system: You are a helpful assistant.
user:
Analyze the provided spectrum to determine if it is a **Carbon Star (C-type)**.

- **Key Visual Indicators of Carbon Star:**
    - **(Primary):** Strong molecular absorption from **C₂ (diatomic carbon) "Swan Bands."** This is the **defining feature** of a carbon star.
        - **(Key Bandheads):** Sharp absorption edges are visible at approximately $5635$ Å, $5165$ Å (the strongest band), and $4737$ Å.
        - **(Line Profile):** Creates a distinct **"saw-tooth"** pattern. The key morphology is a sharp, steep bandhead on the **red (long-wavelength) side**, which then gradually tapers off (i.e., flux recovers) towards the **blue (short-wavelength) side**. *(This is the direct opposite of the TiO bands seen in M-type stars)*.

    - **(Secondary):** Intense **CN (cyanogen)** molecular absorption bands.
        - **(Key Bandheads):** Located in the blue and violet regions of the spectrum (e.g., near $4215$ Å and $3883$ Å).
        - **(Morphology):** These bands are extremely broad and act as a "blanket," absorbing the vast majority of blue and violet light. This creates a characteristic **"cliff"** or **"steep drop-off"** in the spectrum's flux at short wavelengths.

    - **(Key Confirmation):** Strong **CH absorption band (G-band)**.
        - **(Key Bandhead):** Located around $4300$ Å. The contribution from CH molecules to this band is exceptionally strong.

    - **(Overall Spectrum):**
        - The continuum is severely "chopped up" by these deep molecular bands, especially C₂, rather than appearing as a smooth curve.
        - Due to the heavy CN and C₂ absorption in the blue-green, the vast majority of the star's flux is concentrated in the red part of the spectrum, giving the star its characteristic deep red color.

Think first, call **spectral_visualization_tool** if needed to examine features in detail, then provide your final answer. Your response must adhere to the following strict rules:
1.  **Overall Structure:** Your response must follow the format `<think>...</think> <tool_call>...</tool_call> (if a tool is used) <answer>...</answer>`.
2.  **Tool Usage Constraint:** You may only make **one** tool call per turn.
3.  **Final Answer Format:** In the `<answer>` tag, your conclusion must be inside a `\boxed{}` command (e.g., `\boxed{YES}`), followed by your justification.

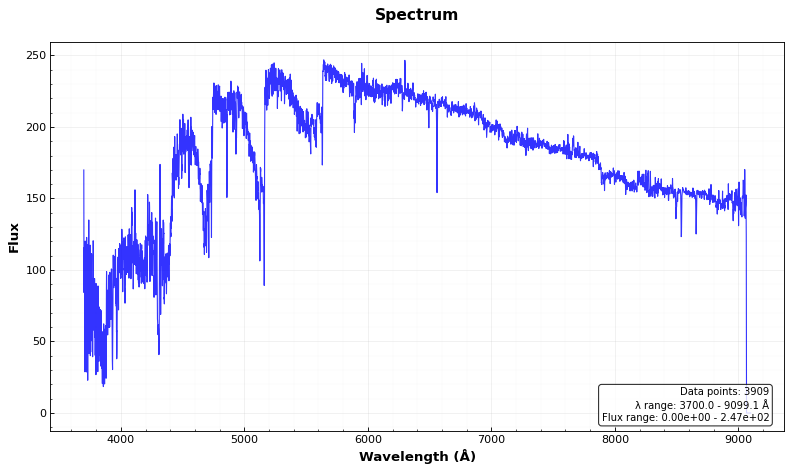
Answer: YES